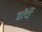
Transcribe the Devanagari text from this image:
डॉर्टी